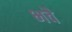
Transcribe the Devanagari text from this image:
भवै